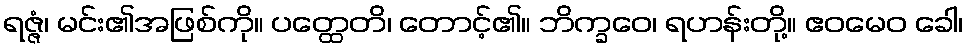
ရဇ္ဇံ၊ မင်း၏အဖြစ်ကို။ ပတ္ထေတိ၊ တောင့်၏။ ဘိက္ခဝေ၊ ရဟန်းတို့။ ဧဝမေဝ ခေါ၊